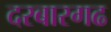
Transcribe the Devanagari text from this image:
दरबारगढ